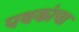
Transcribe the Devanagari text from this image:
पथकांचा